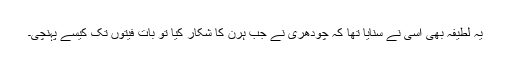
یہ لطیفہ بھی اسی نے سنایا تھا کہ چودھری نے جب ہرن کا شکار کیا تو بات فیتوں تک کیسے پہنچی۔